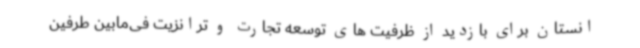
انستان برای بازدید از ظرفیت های توسعه تجارت و ترانزیت فی‌مابین طرفین